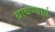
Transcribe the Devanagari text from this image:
धावण्यार्य